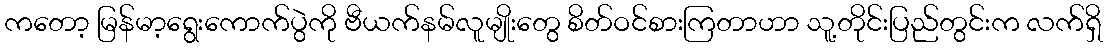
ကတော့ မြန်မာ့ရွေးကောက်ပွဲကို ဗီယက်နမ်လူမျိုးတွေ စိတ်ဝင်စားကြတာဟာ သူ့တိုင်းပြည်တွင်းက လက်ရှိ